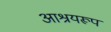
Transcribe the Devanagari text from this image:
आश्रयरूप